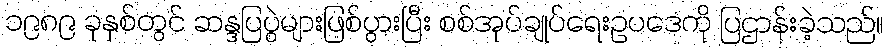
၁၉၈၉ ခုနှစ်တွင် ဆန္ဒပြပွဲများဖြစ်ပွားပြီး စစ်အုပ်ချုပ်ရေးဥပဒေကို ပြဌာန်းခဲ့သည်။